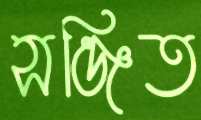
সঞ্জিত